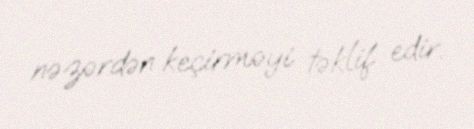
nəzərdən keçirməyi təklif edir.